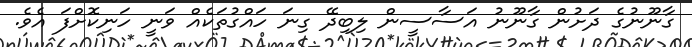
ގާނޫނުގެ ދަށުން ގާނޫނު އަސާސީން ލިބިދޭ ގިނަ ހައްގުތަކެއް ވަނީ ހަނިކޮށްފަ އެވެ.